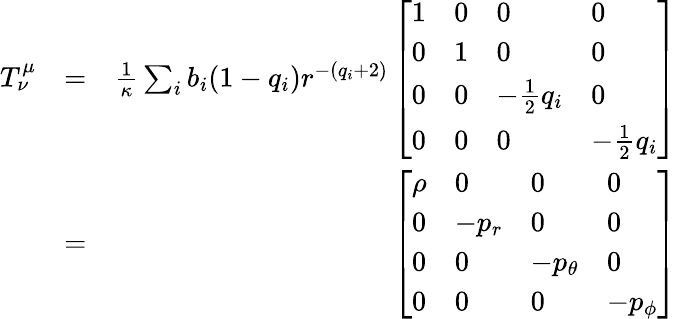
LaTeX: \begin{array}{rlr}{T_{\nu}^{\mu}}&{=}&{\frac{1}{\kappa}\sum_{i}b_{i}(1-q_{i})r^{-(q_{i}+2)}\left[\begin{array}{llll}{1}&{0}&{0}&{0}\\ {0}&{1}&{0}&{0}\\ {0}&{0}&{-\frac{1}{2}q_{i}}&{0}\\ {0}&{0}&{0}&{-\frac{1}{2}q_{i}}\end{array}\right]}\\ &{=}&{\left[\begin{array}{llll}{\rho}&{0}&{0}&{0}\\ {0}&{-p_{r}}&{0}&{0}\\ {0}&{0}&{-p_{\theta}}&{0}\\ {0}&{0}&{0}&{-p_{\phi}}\end{array}\right]}\end{array}